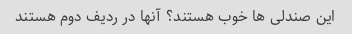
این صندلی ها خوب هستند؟ آنها در ردیف دوم هستند